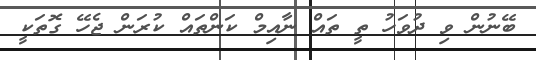
ބޭނުން ވި ދުވަހު ތީ ތައް ނާއިމް ކަންތައް ކުރަން ޖެހޭ ގޮތަކީ